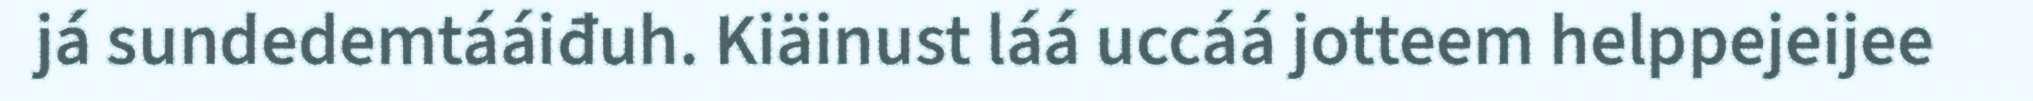
já sundedemtááiđuh. Kiäinust láá uccáá jotteem helppejeijee